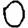
Digit: 0